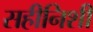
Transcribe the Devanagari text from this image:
सहीनिशी